Bombay plague: being a history of the progress of plague in the Bombay presidency from September 1896 to June 1899
Year: 1896
Disease focus: Plague
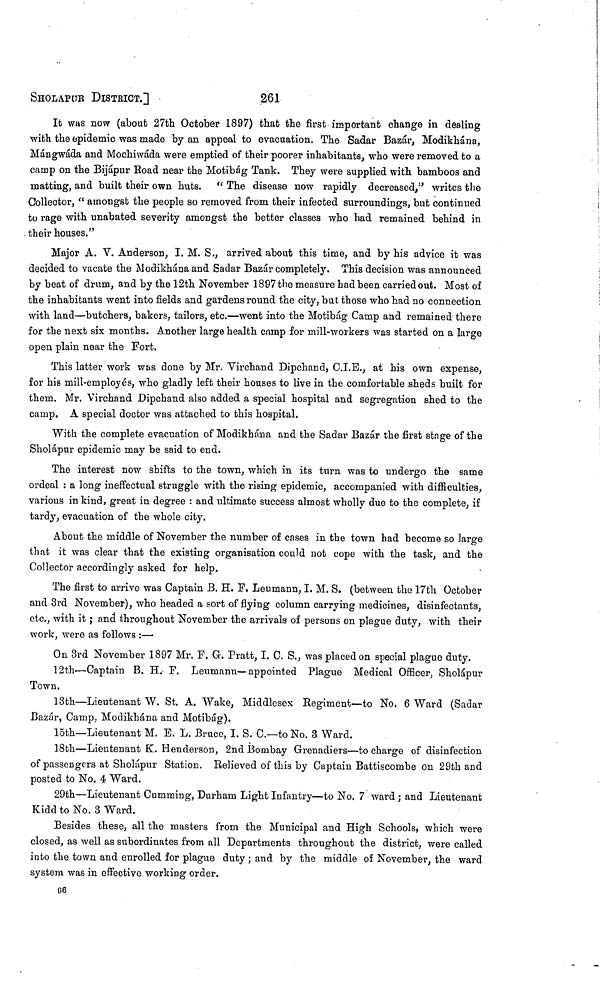
SHOLAPUR DISTRICT.]
261
It was now (about 27th October 1897) that the first important change in dealing
with the epidemic was made by an appeal to evacuation. The Sadar Bazár, Modikhána,
Mángwáda and Mochiwáda were emptied of their poorer inhabitants, who were removed to a
camp on the Bijápur Road near the Motibág Tank. They were supplied with bamboos and
matting, and built their own huts. " The disease now rapidly decreased," writes the
Collector, " amongst the people so removed from their infected surroundings, but continued
to rage with unabated severity amongst the better classes who had remained behind in
. their houses."
Major A. V. Anderson, I. M. S., arrived about this time, and by his advice it was
decided to vacate the Modikhána and Sadar Bazár completely. This decision was announced
by beat of drum, and by the 12th November 1897 the measure had been carried out. Most of
the inhabitants went into fields and gardens round the city, but those who had no connection
with land—butchers, bakers, tailors, etc.—went into the Motibág Camp and remained there
for the next six months. Another large health camp for mill-workers was started on a large
open plain near the Fort.
This latter work was done by Mr. Virchand Dipchand, C.I.E., at his own expense,
for his mill-employes, who gladly left their houses to live in the comfortable sheds built for
them. Mr. Virchand Dipchand also added a special hospital and segregation shed to the
camp. A special doctor was attached to this hospital.
With the complete evacuation of Modikhána and the Sadar Bazár the first stage of the
Sholápur epidemic may be said to end.
The interest now shifts to the town, which in its turn was to undergo the same
ordeal : a long ineffectual struggle with the rising epidemic, accompanied with difficulties,
various in kind, great in degree : and ultimate success almost wholly due to the complete, if
tardy, evacuation of the whole city.
About the middle of November the number of cases in the town had become so large
that it was clear that the existing organisation could not cope with the task, and the
Collector accordingly asked for help.
The first to arrive was Captain B. H. F. Leumann, I. M. S. (between the 17th October
and 3rd November), who headed a sort of flying column carrying medicines, disinfectants,
etc., with it ; and throughout November the arrivals of persons on plague duty, with their
work, were as follows :—·
On 3rd November 1897 Mr. F. G. Pratt, I. C. S., was placed on special plague duty.
12th—Captain B. H. F. Leumann—appointed Plague Medical Officer, Sholápur
Town.
13th—Lieutenant W. St. A. Wake, Middlesex Regiment—to No. 6 Ward (Sadar
Bazár, Camp, Modikhána and Motibág).
15th—Lieutenant M. B. L. Bruce, I. S. C.—to No. 3 Ward.
18th—Lieutenant K. Henderson, 2nd Bombay Grenadiers—to charge of disinfection
of passengers at Sholápur Station. Relieved of this by Captain Battiscombe on 29th and
posted to No. 4 Ward.
29th—Lieutenant Cumming, Durham Light Infantry—to No. 7 ward ; and Lieutenant
Kidd to No. 3 Ward.
Besides these, all the masters from the Municipal and High Schools, which were
closed, as well as subordinates from all Departments throughout the district, were called
into the town and enrolled for plague duty ; and by the middle of November, the ward
system was in effective working order,
66